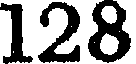
128